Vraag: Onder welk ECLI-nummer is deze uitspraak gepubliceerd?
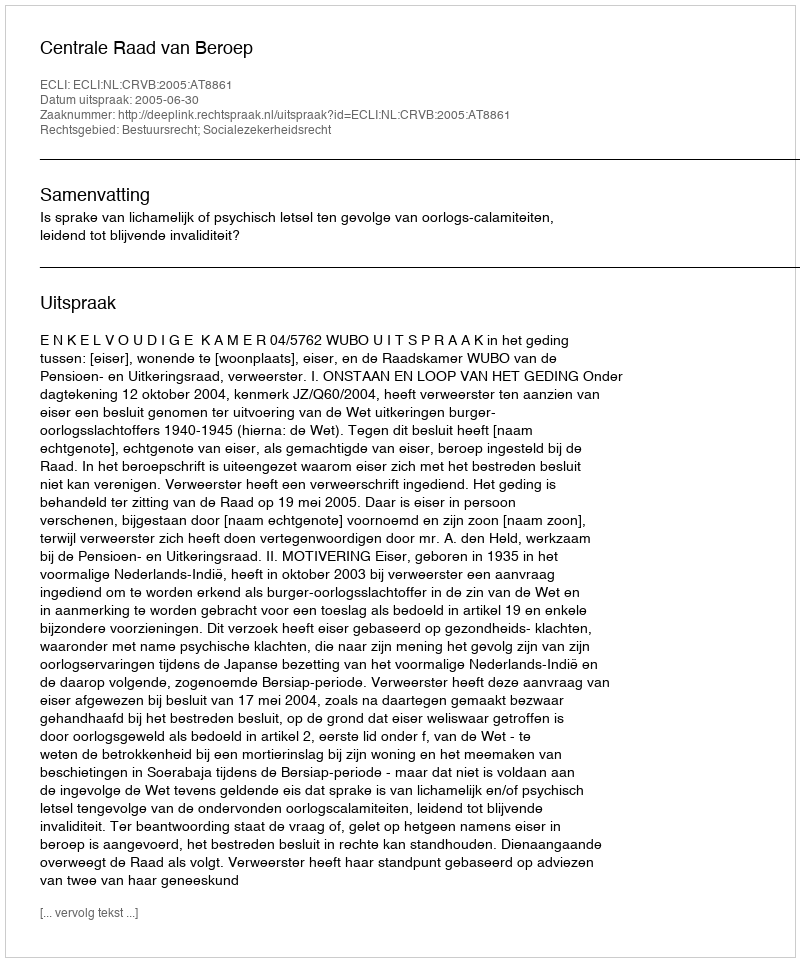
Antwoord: ECLI:NL:CRVB:2005:AT8861